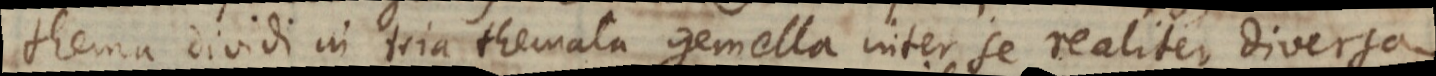
thema dividi in tria themata gemella inter se realiter diversa